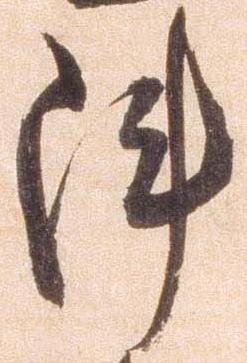
陣